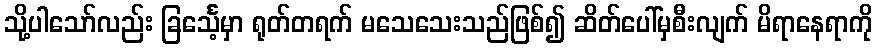
သို့ပါသော်လည်း ခြင်္သေ့မှာ ရုတ်တရက် မသေသေးသည်ဖြစ်၍ ဆိတ်ပေါ်မှစီးလျက် မိရာနေရာကို